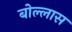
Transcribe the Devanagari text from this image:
बोल्लास